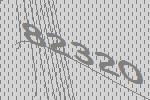
82320